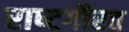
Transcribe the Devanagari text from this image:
राष्‍टगौरव